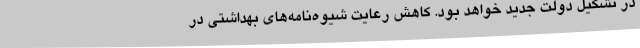
در تشکیل دولت جدید خواهد بود. کاهش رعایت شیوه‌نامه‌های بهداشتی در